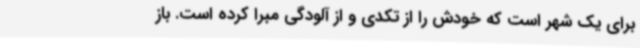
برای یک شهر است که خودش را از تکدی و از آلودگی مبرا کرده است. باز